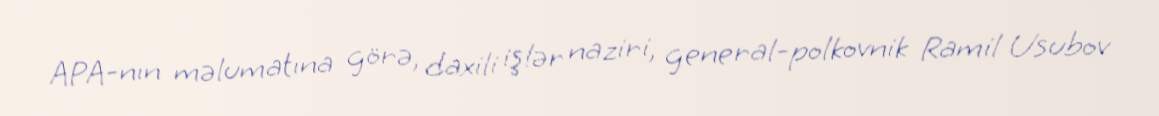
APA-nın məlumatına görə, daxili işlər naziri, general-polkovnik Ramil Usubov